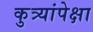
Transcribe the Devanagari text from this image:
कुत्र्यांपेक्षा